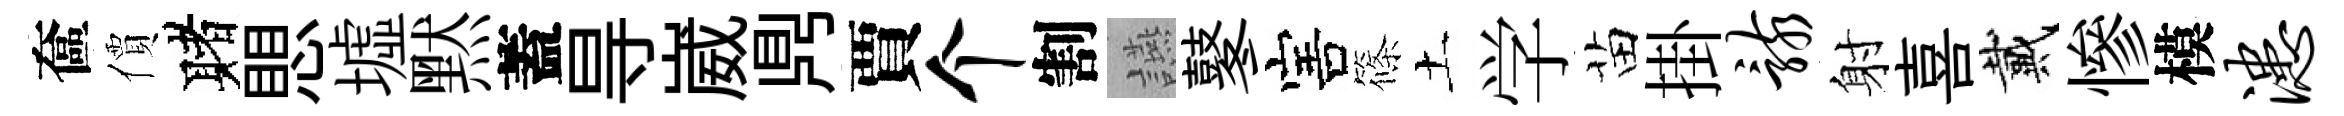
奩價赌愳墟黙蓋㝵崴𪔂賈个割讌鼕害篠土学苗掛骸射喜戴慘模漶